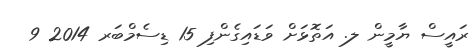
ރައީސް ޔާމީން ލ. އަތޮޅަށް ވަޑައިގެންފި 15 ޑިސެމްބަރ 2014 9